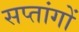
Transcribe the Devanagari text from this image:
सप्तांगों